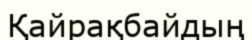
Қайрақбайдың